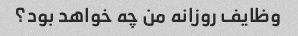
وظایف روزانه من چه خواهد بود؟